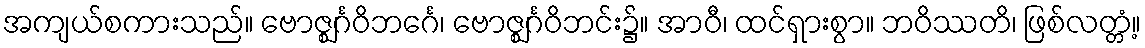
အကျယ်စကားသည်။ ဗောဇ္ဈင်္ဂဝိဘင်္ဂေ၊ ဗောဇ္ဈင်္ဂဝိဘင်း၌။ အာဝီ၊ ထင်ရှားစွာ။ ဘဝိဿတိ၊ ဖြစ်လတ္တံ့။